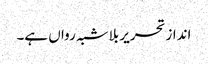
انداز تحریر بلاشبہ رواں ہے۔